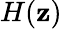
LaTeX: H(\mathbf{z})